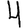
Digit: 4